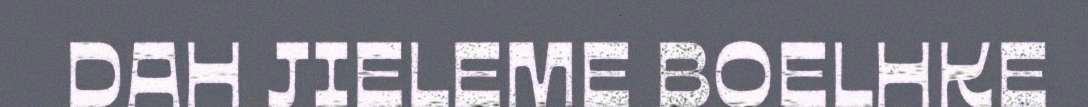
DAH JIELEME BOELHKE